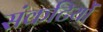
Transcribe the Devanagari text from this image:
संकटियों